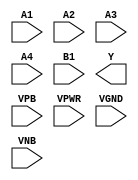
module sky130_fd_sc_lp__a41oi (
    //# {{data|Data Signals}}
    input  A1  ,
    input  A2  ,
    input  A3  ,
    input  A4  ,
    input  B1  ,
    output Y   ,

    //# {{power|Power}}
    input  VPB ,
    input  VPWR,
    input  VGND,
    input  VNB
);
endmodule